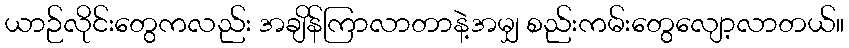
ယာဉ်လိုင်းတွေကလည်း အချိန်ကြာလာတာနဲ့အမျှ စည်းကမ်းတွေလျော့လာတယ်။